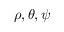
\rho , \theta , \psi